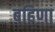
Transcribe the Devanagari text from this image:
बहिणा